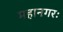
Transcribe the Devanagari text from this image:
महानगरः